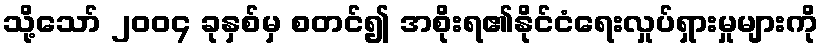
သို့သော် ၂၀၀၄ ခုနှစ်မှ စတင်၍ အစိုးရ၏နိုင်ငံရေးလှုပ်ရှားမှုများကို